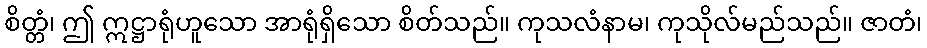
စိတ္တံ၊ ဤ ဣဋ္ဌာရုံဟူသော အာရုံရှိသော စိတ်သည်။ ကုသလံနာမ၊ ကုသိုလ်မည်သည်။ ဇာတံ၊